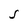
Character: J